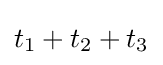
t_{1}+t_{2}+t_{3}